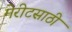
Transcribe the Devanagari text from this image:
मेरीटसाठी